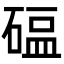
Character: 𬒖